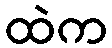
ထဲက